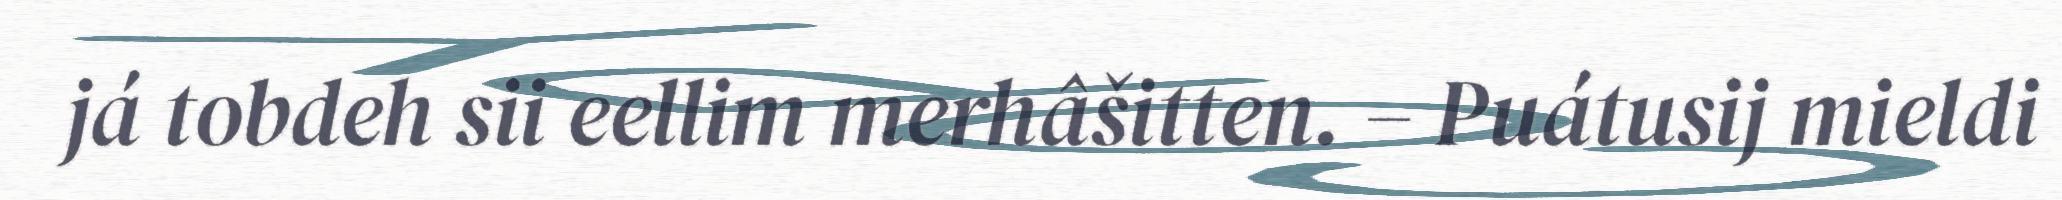
já tobdeh sii eellim merhâšitten. – Puátusij mieldi